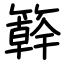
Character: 簳